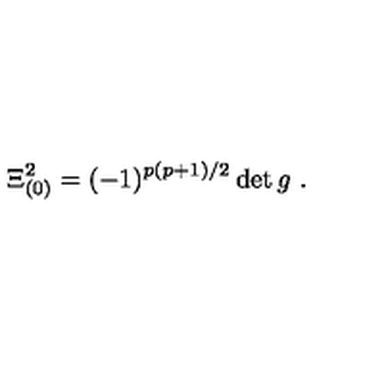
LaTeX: \Xi _ { ( 0 ) } ^ { 2 } = ( - 1 ) ^ { p ( p + 1 ) / 2 } \det g \ .